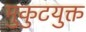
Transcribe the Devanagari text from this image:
मुकुटयुक्त